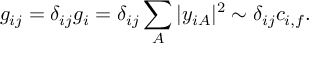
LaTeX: g _ { i j } = \delta _ { i j } g _ { i } = \delta _ { i j } \sum _ { A } | y _ { i A } | ^ { 2 } \sim \delta _ { i j } c _ { i , f } .